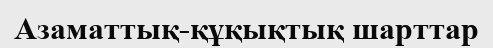
Азаматтық-құқықтық шарттар